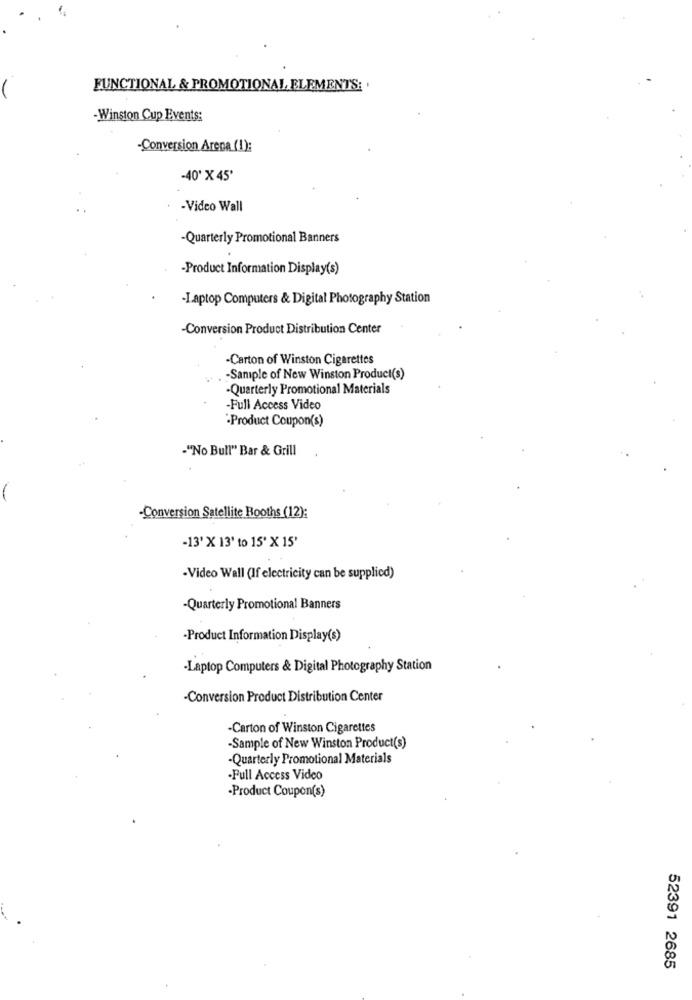
FUNCTIONAL & PROMOTIONAL ELEMENTS:
-Winston Cup Events:
-Conversion Arena (I):
-40' X 45'
-Video Wall
-Quarterly Promotional Banners
-Product Information Display(s)
-Laptop Computers & Digital Photography Station
-Conversion Product Distribution Center
-Carton of Winston Cigarettes
-Sample of New Winston Product(s)
Quarterly Promotional Materials
-Full Access Video
-Product Coupon(s)
-"No Bull" Bar & Grill
-
-Conversion Satellite Booths (12):
-13' X 13' to 15' X 15'
-Video Wall (If electricity can be supplied)
-Quarterly Promotional Banners
-Product Information Display(s)
-Laptop Computers & Digital Photography Station
-Conversion Product Distribution Center
-Carton of Winston Cigarettes
-Sample of New Winston Product(s)
-Quarterly Promotional Materials
.Full Access Video
-Product Coupon(s)
52391 2685